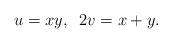
LaTeX: \begin{align*} u=xy, \;\; 2v = x+y.\end{align*}